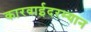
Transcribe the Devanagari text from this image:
कारवाईदरम्यान